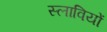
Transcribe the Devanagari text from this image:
स्लावियों